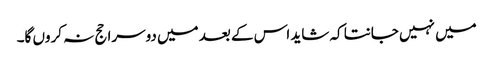
میں نہیں جانتا کہ شاید اس کے بعد میں دوسرا حج نہ کروں گا۔